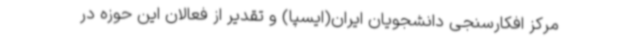
مرکز افکارسنجی دانشجویان ایران(ایسپا) و تقدیر از فعالان این حوزه در